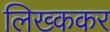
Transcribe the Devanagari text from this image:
लिख्ककर